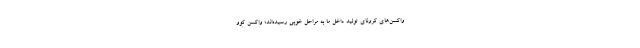
واکسن‌های کرونای تولید داخل ما به مراحل خوبی رسیده‌اند؛ واکسن کوو